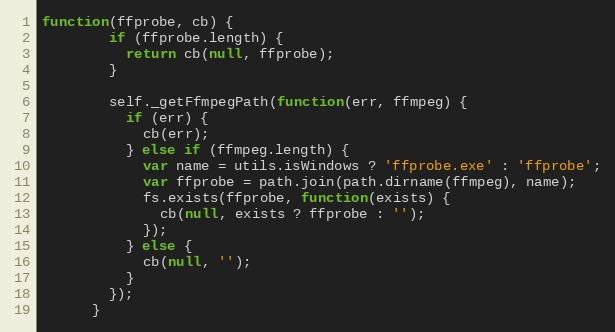
Language: JavaScript
function(ffprobe, cb) {
        if (ffprobe.length) {
          return cb(null, ffprobe);
        }

        self._getFfmpegPath(function(err, ffmpeg) {
          if (err) {
            cb(err);
          } else if (ffmpeg.length) {
            var name = utils.isWindows ? 'ffprobe.exe' : 'ffprobe';
            var ffprobe = path.join(path.dirname(ffmpeg), name);
            fs.exists(ffprobe, function(exists) {
              cb(null, exists ? ffprobe : '');
            });
          } else {
            cb(null, '');
          }
        });
      }